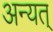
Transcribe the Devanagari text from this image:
अन्यत्